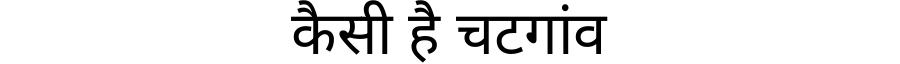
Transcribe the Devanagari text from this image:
कैसी है चटगांव